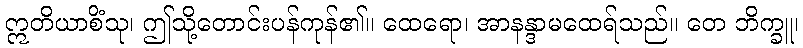
ဣတိယာစိံသု၊ ဤသို့တောင်းပန်ကုန်၏။ ထေရော၊ အာနန္ဒာမထေရ်သည်။ တေ ဘိက္ခူ၊